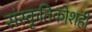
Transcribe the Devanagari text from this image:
संस्कृतिकोशही